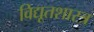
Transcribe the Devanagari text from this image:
विद्यूतशास्त्र